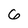
Character: 6